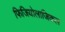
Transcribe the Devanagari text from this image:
फिजियोलाजिकल